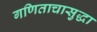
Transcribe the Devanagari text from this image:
गणिताचासुद्धा